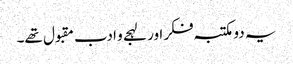
یہ دو مکتبہ فکر اور لہجے و ادب مقبول تھے۔